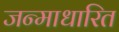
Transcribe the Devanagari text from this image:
जन्‍माधारित